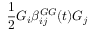
\frac { 1 } { 2 } G _ { i } \beta _ { i j } ^ { G G } ( t ) G _ { j }